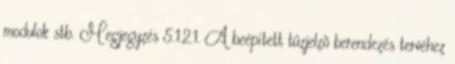
modulok stb. Megjegyzés 5.1.2.1. A beépített tûzjelzõ berendezés tervéhez